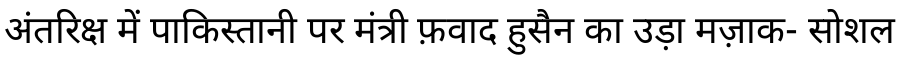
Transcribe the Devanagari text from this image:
अंतरिक्ष में पाकिस्तानी पर मंत्री फ़वाद हुसैन का उड़ा मज़ाक- सोशल